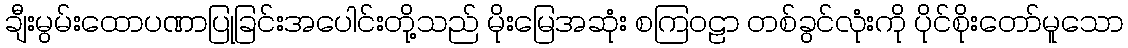
ချီးမွမ်းထောပဏာပြုခြင်းအပေါင်းတို့သည် မိုးမြေအဆုံး စကြဝဠာ တစ်ခွင်လုံးကို ပိုင်စိုးတော်မူသော